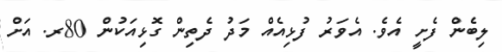
ލިބެން ފެށީ އެވެ. އެވަރު ފުޅިއެއް މަދު ދެތިން ގޮޅިއަކުން 80ރ. އަށް